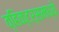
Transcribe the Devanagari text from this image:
व्हिक्टर्समध्ये